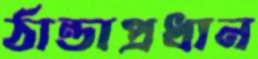
ঠান্ডাপ্রধান